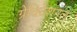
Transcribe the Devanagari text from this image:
ग्रेविटेशनल